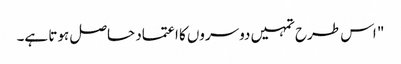
" اس طرح تمہیں دوسروں کا اعتماد حاصل ہوتا ہے۔